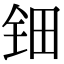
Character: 钿